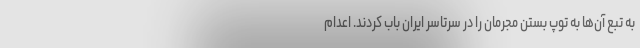
به تبع آن‌ها به توپ بستن مجرمان را در سرتاسر ایران باب کردند. اعدام